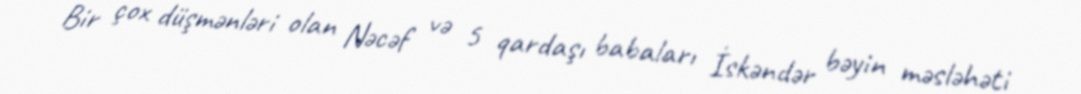
Bir çox düşmənləri olan Nəcəf və 5 qardaşı babaları İskəndər bəyin məsləhəti